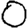
Digit: 0